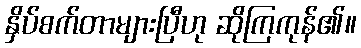
နှိပ်စက်တာများပြီဟု ဆိုကြကုန်၏။